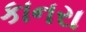
કાનરા